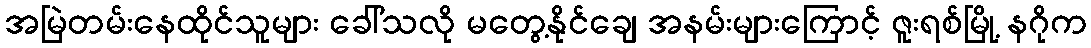
အမြဲတမ်းနေထိုင်သူများ ခေါ်သလို မတွေ့နိုင်ချေ အနမ်းများကြောင့် ဇူးရစ်မြို့ နဂိုက